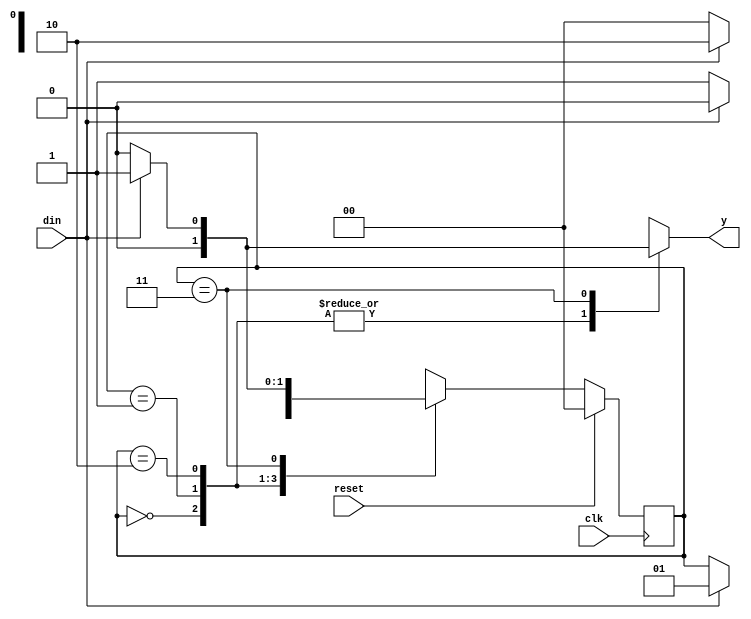
// Title: Sequence Detector
// Aim: Write a verilog code for sequence detector for 1101 overlapping sequence.
// Programmer name: Ashish Ashok Gopal, 1702005, FY MTech
// Department: Department of Electronics Engineering
// Mentor: Prof. Arati Phadke
// Department: Department of Electronics Engineering

// ***************Program starts here*************************

module melfsmolp(din, reset, clk, y);
	output reg y;
	input din;
	input clk;
	input reset;
	reg [1:0] cst, nst;
	parameter S0 = 2'b00,
			  S1 = 2'b01,
			  S2 = 2'b10,
			  S3 = 2'b11;
			  
always @(cst or din)
	begin
		case (cst)
			S0: if (din == 1'b1)
				begin
					nst = S1;
					y=1'b0;
				end
				else
					begin
						nst = cst;
						y=1'b0;
					end
			S1: if (din == 1'b1)
				begin
					nst = S2;
					y=1'b0;
				end
				else	
					begin
						nst = S0;
						y=1'b0;
					end
			S2: if (din == 1'b0)
				begin
					nst = S3;
					y=1'b0;
				end    
				else
					begin
					nst = S2;
					y=1'b0;
				end
			S3: if (din == 1'b1)
				begin
					nst = S1;
					y=1'b1;
				end
				else
				begin
					nst = S0;
					y=1'b0;
				end
		default:nst = S0;
		endcase
	end
	
always@(posedge clk)
	begin
		if (reset)
			cst <= S0;
		else
			cst <= nst;
	end
endmodule 
// ***************Program ends here*************************